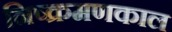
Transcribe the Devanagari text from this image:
निष्क्रमणकाल